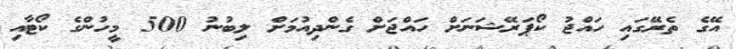
އޭގެ ތެރޭގައި ހައްޖު ކޯޕަރޭޝަަނަށް ހައްޖަށް ގެންދިއުމަށް ލިބުނު 500 މީހުންގެ ކޯޓާއި